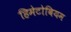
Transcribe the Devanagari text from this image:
हिमेटोबियम